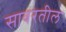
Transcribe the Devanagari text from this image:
सावरतील